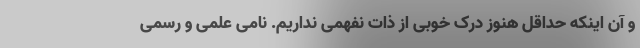
و آن اینکه حداقل هنوز درک خوبی از ذات نفهمی نداریم. نامی علمی و رسمی